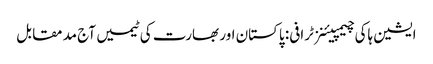
ایشین ہاکی چیمپیئنز ٹرافی: پاکستان اور بھارت کی ٹیمیں آج مد مقابل